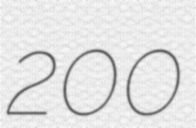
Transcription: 200